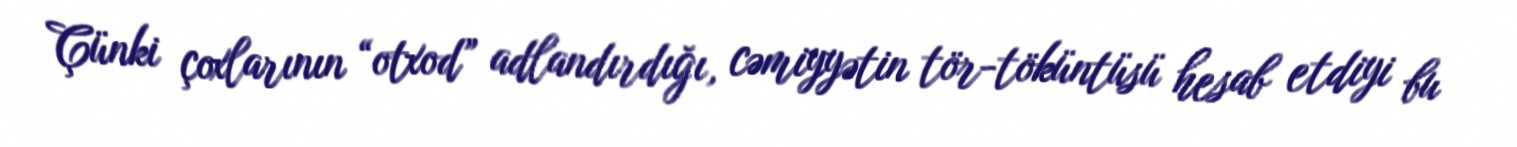
Çünki çoxlarının “otxod” adlandırdığı, cəmiyyətin tör-töküntüsü hesab etdiyi bu